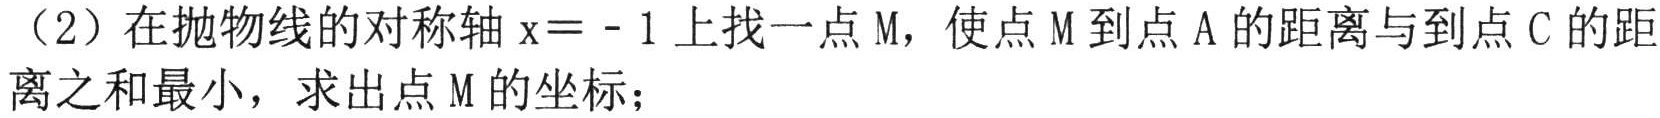
（2）在抛物线的对称轴$x = - 1$上找一点 M，使点 M 到点 A 的距离与到点 C 的距离之和最小，求出点 M 的坐标；